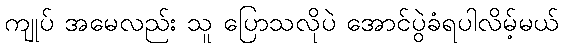
ကျုပ် အမေလည်း သူ ပြောသလိုပဲ အောင်ပွဲခံရပါလိမ့်မယ်